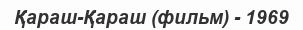
Қараш-Қараш (фильм) - 1969